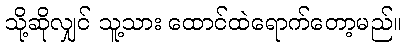
သို့ဆိုလျှင် သူ့သား ထောင်ထဲရောက်တော့မည်။